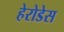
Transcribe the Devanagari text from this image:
हेरोडेस